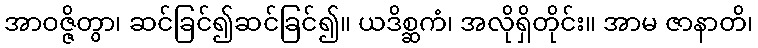
အာဝဇ္ဇိတွာ၊ ဆင်ခြင်၍ဆင်ခြင်၍။ ယဒိစ္ဆကံ၊ အလိုရှိတိုင်း။ အာမ ဇာနာတိ၊